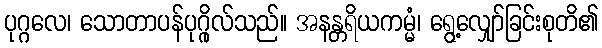
ပုဂ္ဂလေ၊ သောတာပန်ပုဂ္ဂိုလ်သည်။ အနန္တရိယကမ္မံ၊ ရွေ့လျှော်ခြင်းစုတိ၏